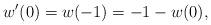
LaTeX: \begin{align*}w'(0)=w(-1)=-1-w(0),\end{align*}